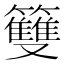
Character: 䉶